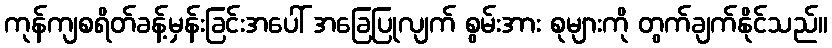
ကုန်ကျစရိတ်ခန့်မှန်းခြင်းအပေါ် အခြေပြုလျက် စွမ်းအား စုများကို တွက်ချက်နိုင်သည်။